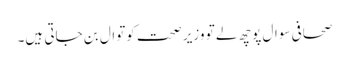
صحافی سوال پوچھ لے تو وزیر صحت کوتوال بن جاتی ہیں۔